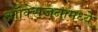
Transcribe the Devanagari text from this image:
ऑक्सिजनामध्ये